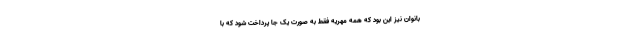
بانوان نیز این بود که همه مهریه فقط به صورت یک جا پرداخت شود که با